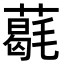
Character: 𦼵